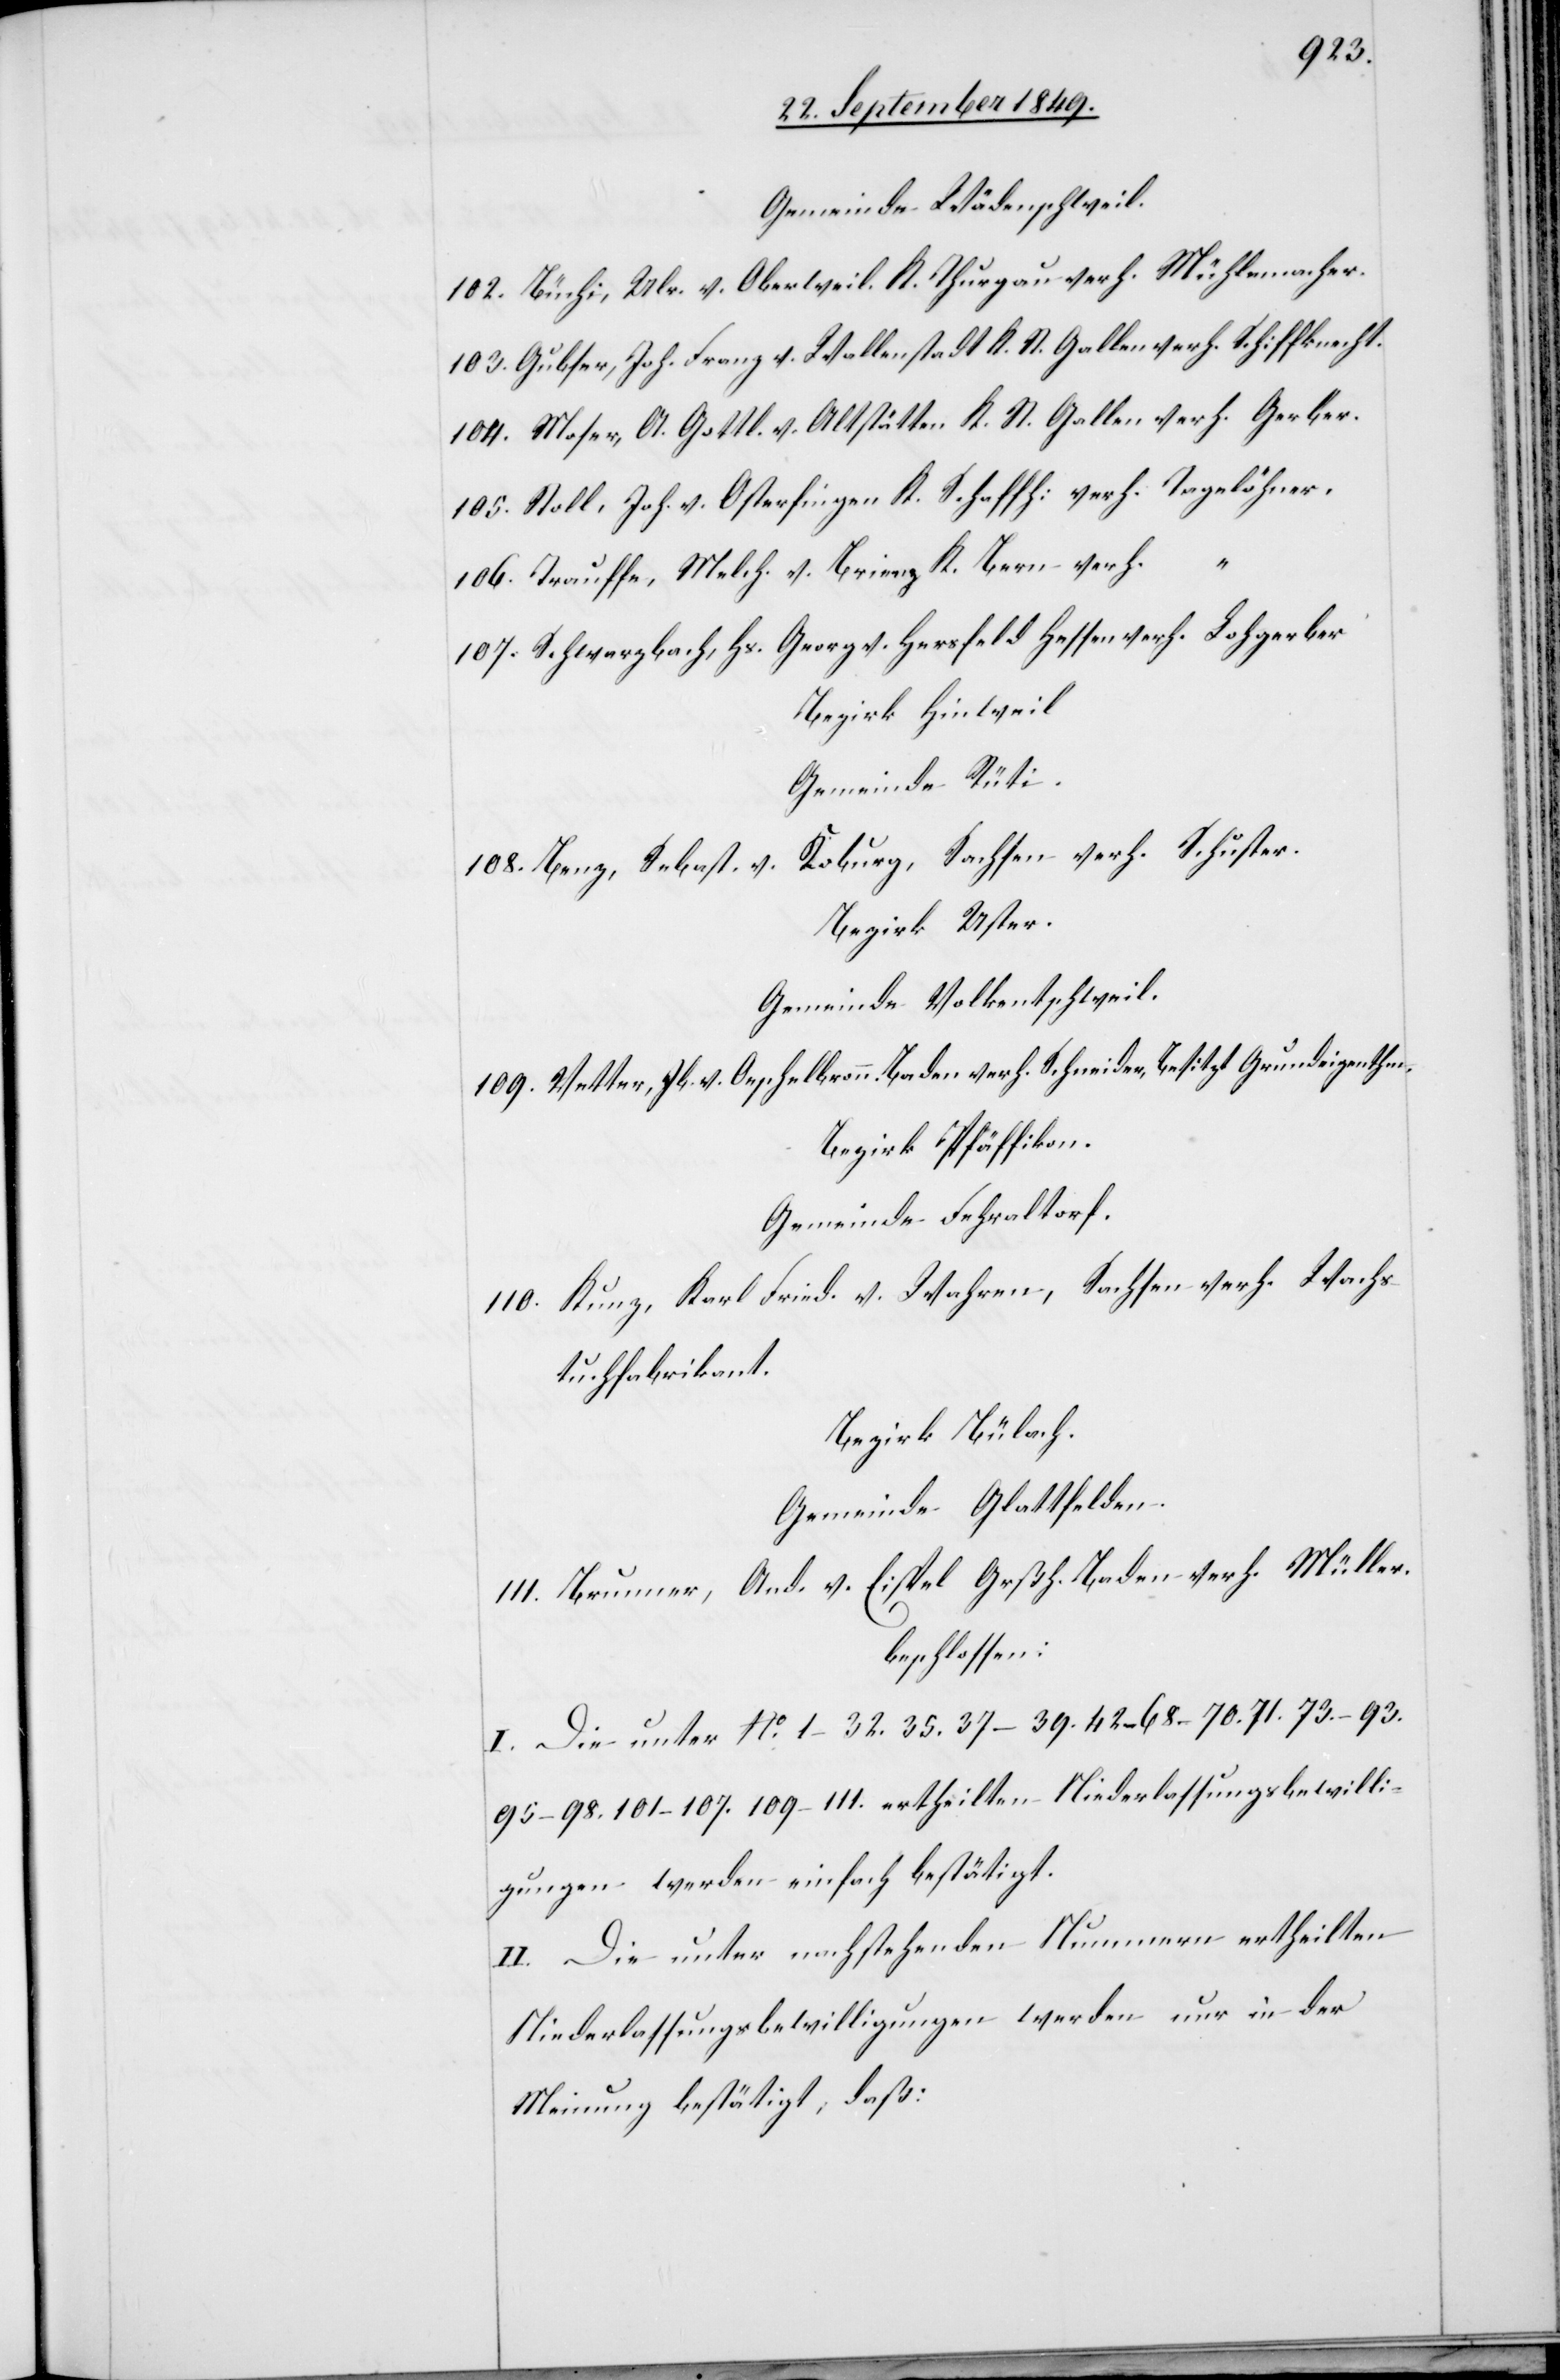
Gemeinde Wädenschweil.
102. Büchi, Ulr. v. Oberweil. K. Thurgau verh. Mühlemacher.
103. Gubser, Joh. Franz v. Wallenstadt K. St. Gallen verh. Schiffknecht.
104. Moser, A. Gottl. v. Altstätten K. St. Gallen verh. Gerber.
105. Stoll, Joh. v. Osterfingen K. Schaffh. verh. Tagelöhner.
106. Trauffe, Melch. v. Brienz K. Bern verh. “
107. Schwarzbach, Hs. Georg v. Hersfeld Hessen verh. Lohgerber
Bezirk Hinweil
Gemeinde Rüti.
Roburg, Sachsen verh. Schuster.
108. Benz, Sebast. v.
Bezirk Uster.
Gemeinde Volkentschweil.
109. Vetter, Jb. v. Oeschelbronn. Baden verh. Schneider, besitzt Grundeigenthum
Bezirk Pfäffikon.
Gemeinde Fehraltorf.
110. Kunz, Karl Fried. v. Wahren, Sachsen verh. Wachs¬
tuchfabrikant.
Bezirk Bülach.
Gemeinde Glattfelden.
111. Brunner, And. v. Eistel Grßh. Baden verh. Müller.
beschlossen:
I. Die unter No. 1–32. 35. 37–39. 42–68. 70. 71. 73–93.
95–98. 101–107. 109–111. ertheilten Niederlassungsbewilli¬
gungen werden einfach bestätigt.
II. Die unter nachstehenden Nummern ertheilten
Niederlassungsbewilligungen werden nur in der
Meinung bestätigt, daß: